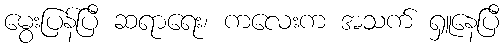
မွေးပြန်ပြီ ဆရာရေး၊ ကလေးက အသက် ရှူနေပြီ